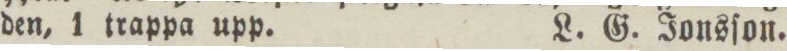
den, 1 trappa upp.    L. G. Jonsſon.